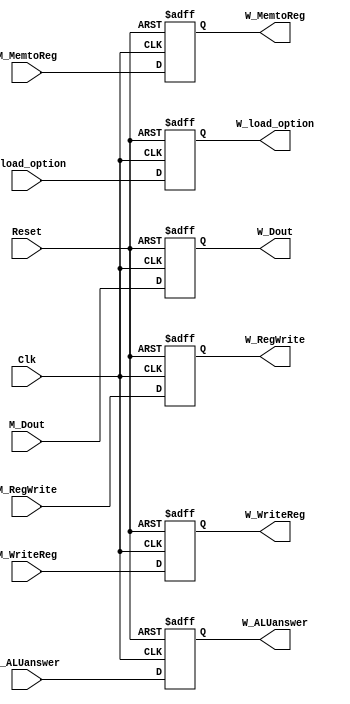
`timescale 1ns / 1ps
//////////////////////////////////////////////////////////////////////////////////
// Company: 
// Engineer: 
// 
// Design Name: 
// Module Name: REG_MEM_WB
// Project Name: 
// Target Devices: 
// Tool Versions: 
// Description: 
// 
// Dependencies: 
// 
// Revision:
// Revision 0.01 - File Created
// Additional Comments:
// 
//////////////////////////////////////////////////////////////////////////////////


module REG_MEM_WB(M_RegWrite,M_MemtoReg,M_ALUanswer,M_Dout,M_WriteReg,M_load_option,Clk,Reset,
W_RegWrite,W_MemtoReg,W_ALUanswer,W_Dout,W_WriteReg,W_load_option);

    input [31:0] M_ALUanswer,M_Dout;
    input [4:0] M_WriteReg;
    input [2:0] M_load_option;
    input Clk,Reset,M_RegWrite,M_MemtoReg;

    output reg[31:0] W_ALUanswer,W_Dout;
    output reg[4:0] W_WriteReg;
    output reg[2:0] W_load_option;
    output reg W_RegWrite,W_MemtoReg;

    initial begin
        W_RegWrite = 0;
        W_MemtoReg = 0;
        W_ALUanswer = 0;
        W_Dout = 0;
        W_WriteReg = 0;
        W_load_option = 0;
    end

    always @(posedge Clk or negedge Reset)  
    begin  
    if (!Reset) 
        begin  
            W_RegWrite = 0;
            W_MemtoReg = 0;
            W_ALUanswer = 0;
            W_Dout = 0;
            W_WriteReg = 0;
            W_load_option = 0;
        end  
    else   
        begin
            W_RegWrite = M_RegWrite;
            W_MemtoReg = M_MemtoReg;
            W_ALUanswer = M_ALUanswer;
            W_Dout = M_Dout;
            W_WriteReg = M_WriteReg;
            W_load_option = M_load_option;
        end  
    end
endmodule